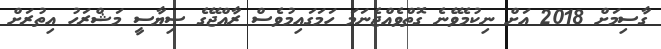
ގާސިމަށް 2018 އަށް ނިކުމެވޭނެ ގޮތްވެއްޖެނަމަ ހަމަގައިމުވެސް ރާއްޖޭގެ ސިޔާސީ މަޝްރަހު އިތުރަށް